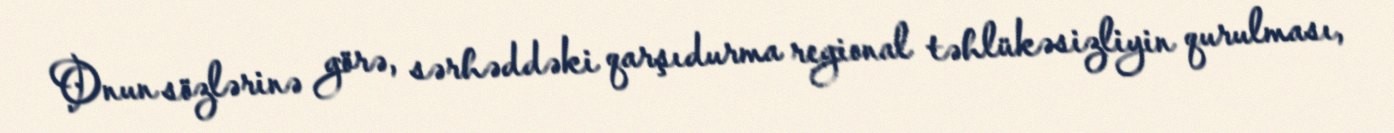
Onun sözlərinə görə, sərhəddəki qarşıdurma regional təhlükəsizliyin qurulması,